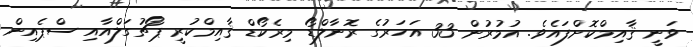
ވަނީ ޤާއިމްކޮށްފައެވެ. އުމުރުން 33 އަހަރުގެ ރޮނާލްޑޯ މިރެކޯޑް ޤާއިމްކުރީ ޕޯޗުގަލްއާއި ސްޕެއިން